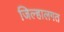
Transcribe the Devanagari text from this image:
जिल्हालगत